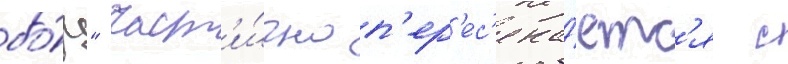
бо́р" част'и́чно п'ер'ес'ека́етс'я с